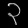
Digit: ၃